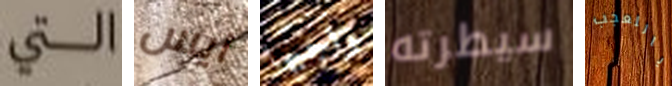
التي ايس واجبها سيطرته ياللعجب